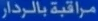
مراقبة بالرادار